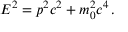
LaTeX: E ^ { 2 } = p ^ { 2 } c ^ { 2 } + m _ { 0 } ^ { 2 } c ^ { 4 } \, .